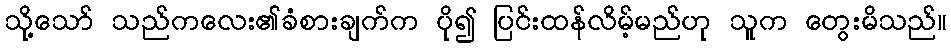
သို့သော် သည်ကလေး၏ခံစားချက်က ပို၍ ပြင်းထန်လိမ့်မည်ဟု သူက တွေးမိသည်။